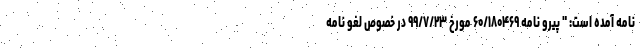
نامه آمده است: " پیرو نامه ۶۰/۱۸۰۴۶۹ مورخ ۹۹/۷/۲۳ در خصوص لغو نامه